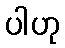
ပါဟု